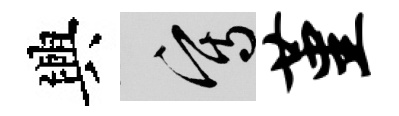
興寫堇